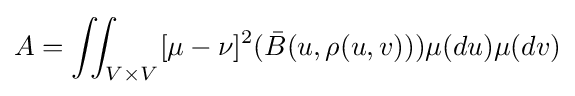
A=\iint _{V\times V}[\mu -\nu ]^{2}({\bar {B}}(u,\rho (u,v)))\mu (du)\mu (dv)